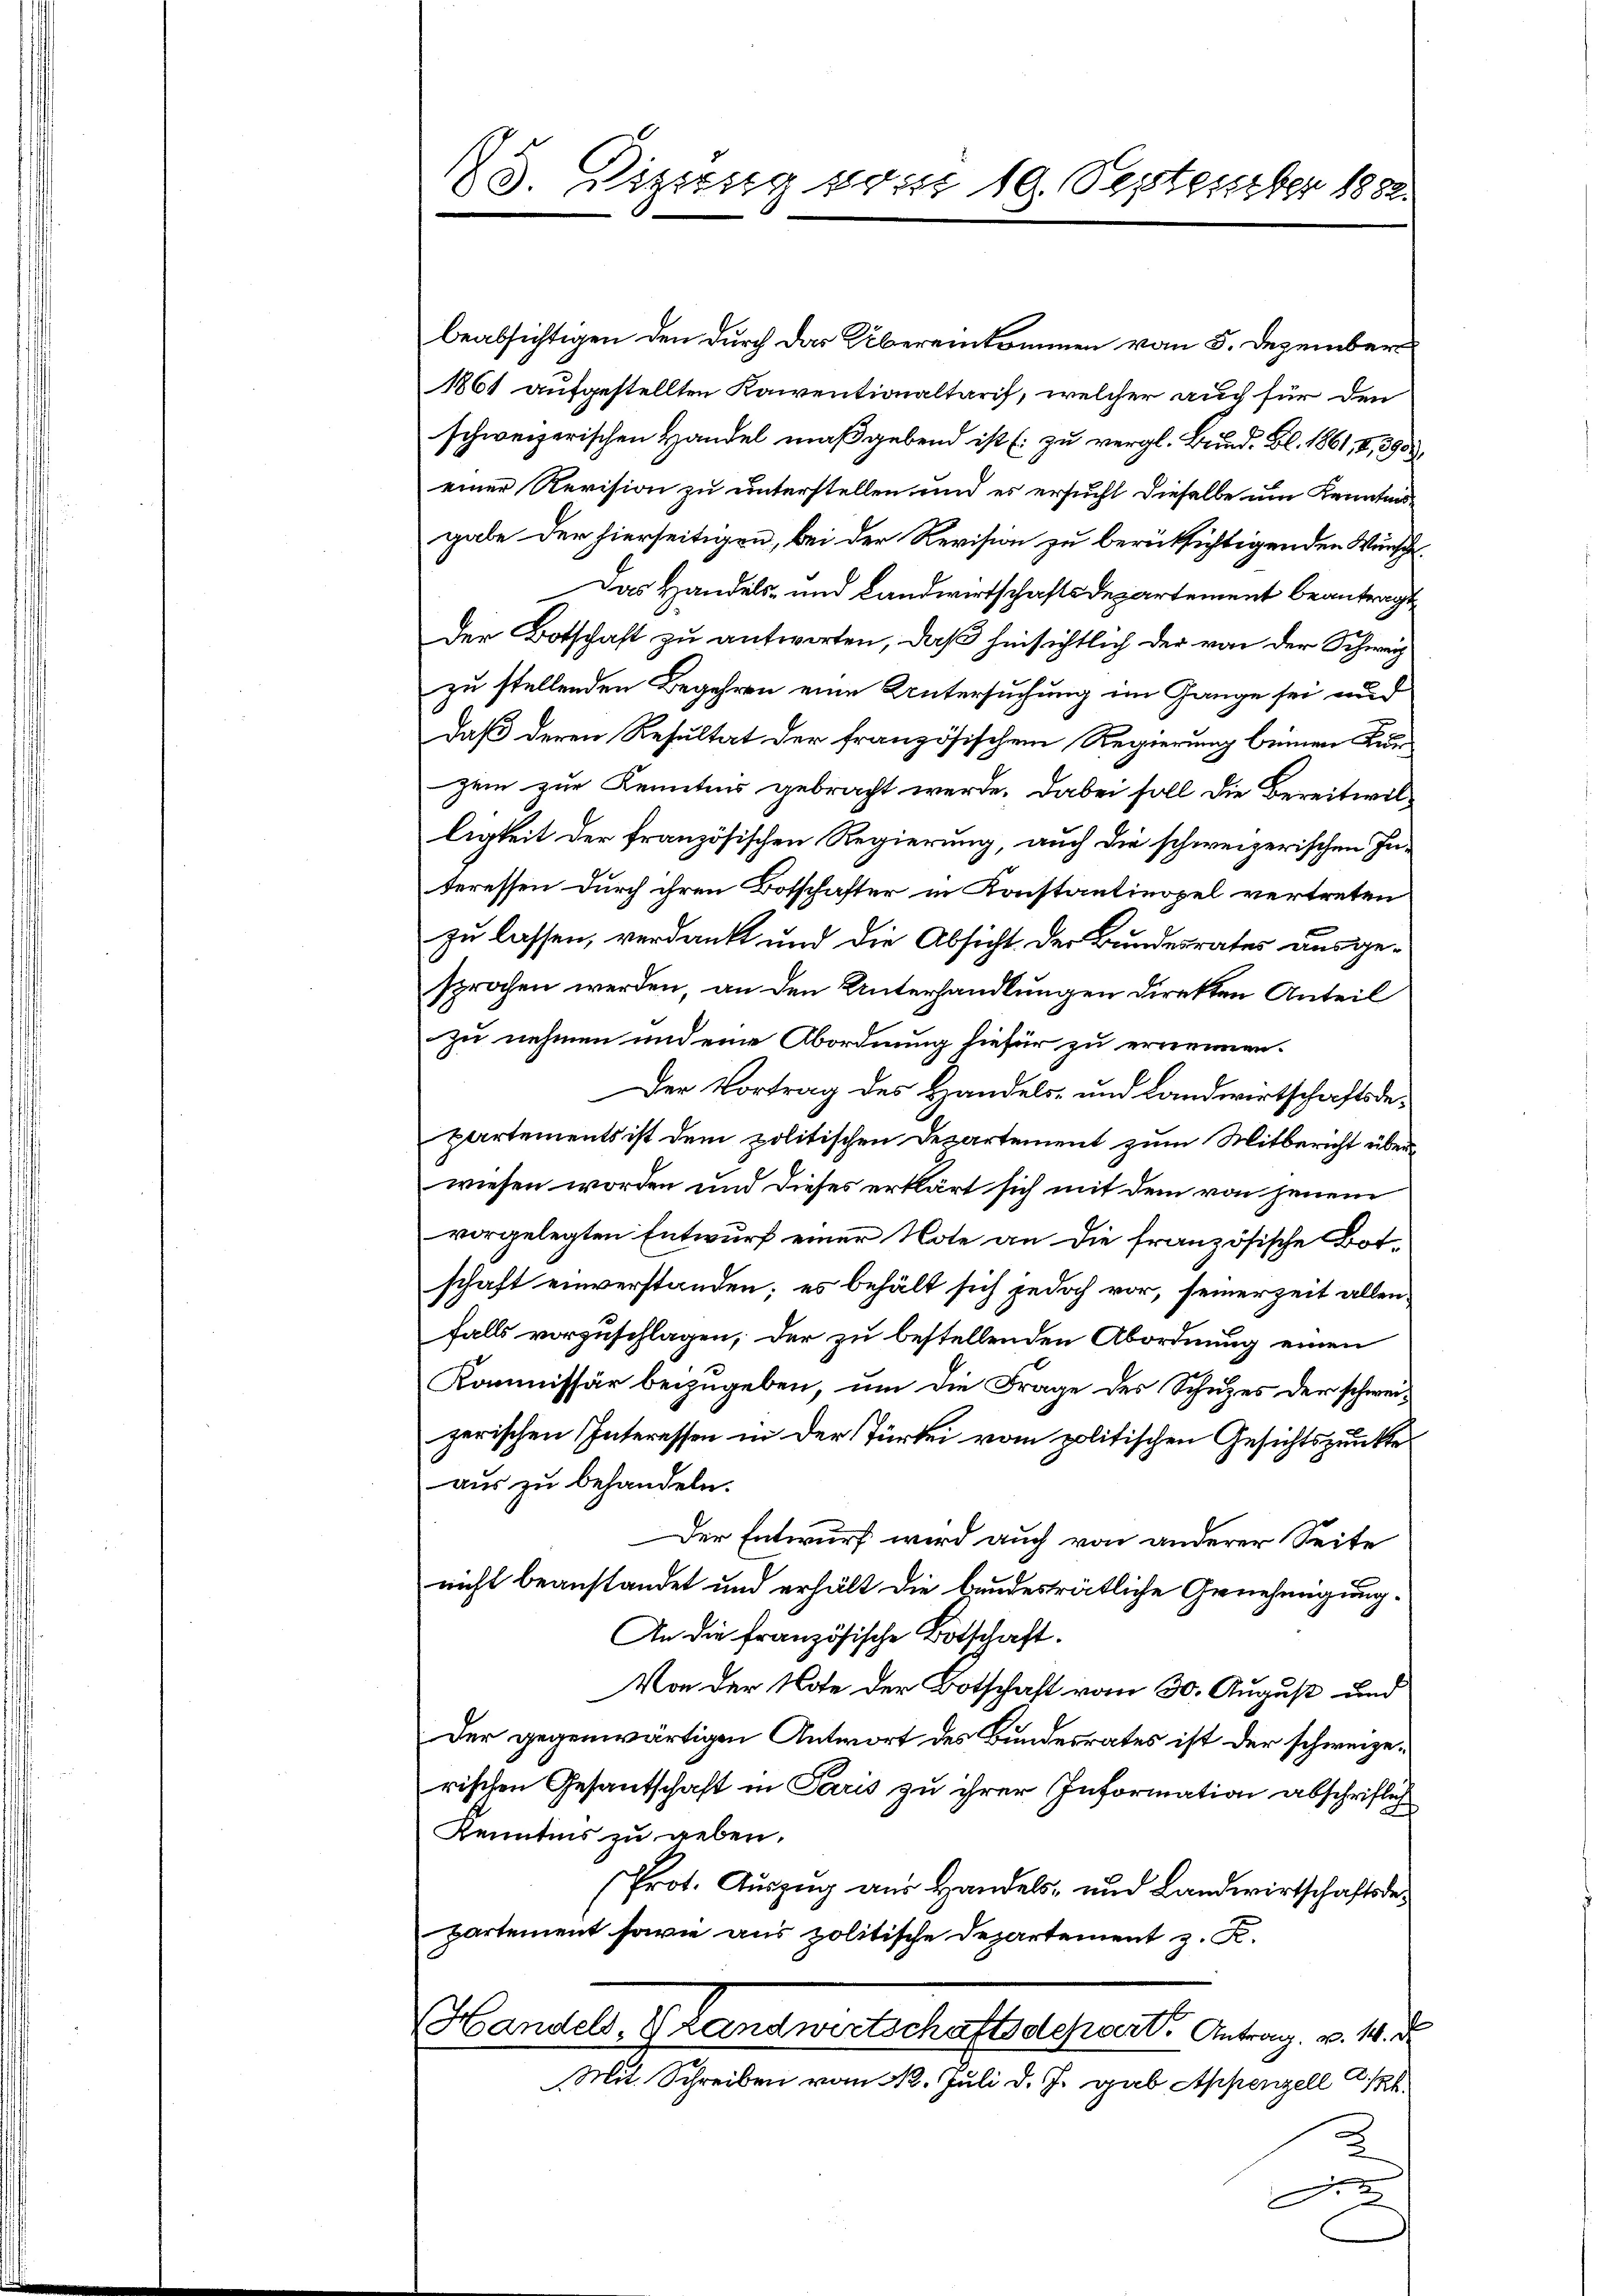
125. Vizung vom 19. September 1882

beabsichtigen den durch das Übereinkommen vom 5. Dezember
1861 aufgestellten Kaiventionaltaris, welcher auch für den
schweizerischen Handel maßgebend ist (zu vergl. Bund. Bl. 1861, 2, 2955
einer Revision zu unterstellen und es ersucht dieselbe um Kenntnisgabe der hierseitigen, bei der Revision zu berücksichtigenden Wünsch
Das Handels- und Landwirtschaftsdepartement beantragt
der Botschaft zu antworten, daß hinsichtlich der von der Schweiz
zu stellenden Begehren eine Untersuchung im Gange sei und
daß deren Resultat der französischem Regierung keinen Kun
zei zur Kenntnis gebracht werde. Dabei soll die Bereitwilligkeit der französischen Regierung, auch die schweizerischen Interessen durch ihren Botschafter in Konstantinopel vertreten
zu lassen, verdankt und die Absicht der Bundesrates ausgesprochen werden, an den Unterhandlungen direkten Anteil
zu nehmen und eine Abordnung hiefür zu ernennen.
Der Vortrag des Handels- und Landwirtschaftsdepartements ist dem politischen Departement zum Mitbericht über
wiesen worden und dieses erklärt sich mit dem von jenem
vorgelegten Entwurf einer Note an die französische Bot-
schaft einverstanden; es behält sich jedoch vor, seinerzeit allen
falls vorzuschlagen, der zu bestellenden Abordnung einen
Kommissär beizugeben, um die Frage des Schuzes der schweizerischen Interessen in der Türkei vom politischen Gesichtspunkte
aus zu behandeln.
Der Entwurf wird auch von anderer Seite
nicht beanstandet und erhält die bundesrätliche Genehmigung.
An die französische Botschaft.
Von der Note der Botschaft vom 30. August und
Der gegenwärtigen Antwort des Bundesrates ist der schweizerischen Gesandschaft in Paris zu ihrer Information abschriftlich
Kenntnis zu geben.
Prot. Auszug aus Handels- und Landwirtschaftsdepartement sowie aus politische Departement z. R.
Handels. 1. Landwirtschaftsdepart. Antrag. v. 14.
Mit. Schreiben vom 12. Juli d. J. gab Appenzell A/
3
F.